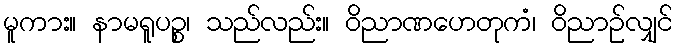
မူကား။ နာမရူပဉ္စ၊ သည်လည်း။ ဝိညာဏဟေတုကံ၊ ဝိညာဉ်လျှင်